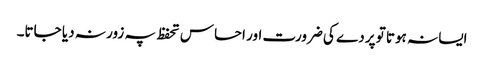
ایسا نہ ہوتا تو پردے کی ضرورت اور احساس تحفظ پہ زور نہ دیا جاتا۔